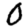
Digit: 0